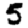
Digit: 5